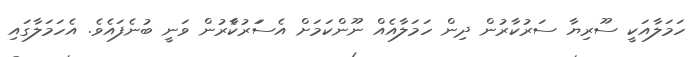
ހަމަލާއަކީ ސޫރިޔާ ސަރުކާރުން ދިން ހަމަލާއެެއް ނޫންކަމަށް އެސަަރުކާެރުން ވަނީ ބުނެފައެވެ. އެހަމަލާގައި